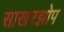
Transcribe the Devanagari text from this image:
साखरझोप